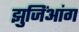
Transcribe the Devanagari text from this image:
झुजिंआंग